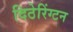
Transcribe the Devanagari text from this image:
दिठेरिंग्टन